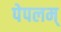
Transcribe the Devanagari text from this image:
पेपलम्